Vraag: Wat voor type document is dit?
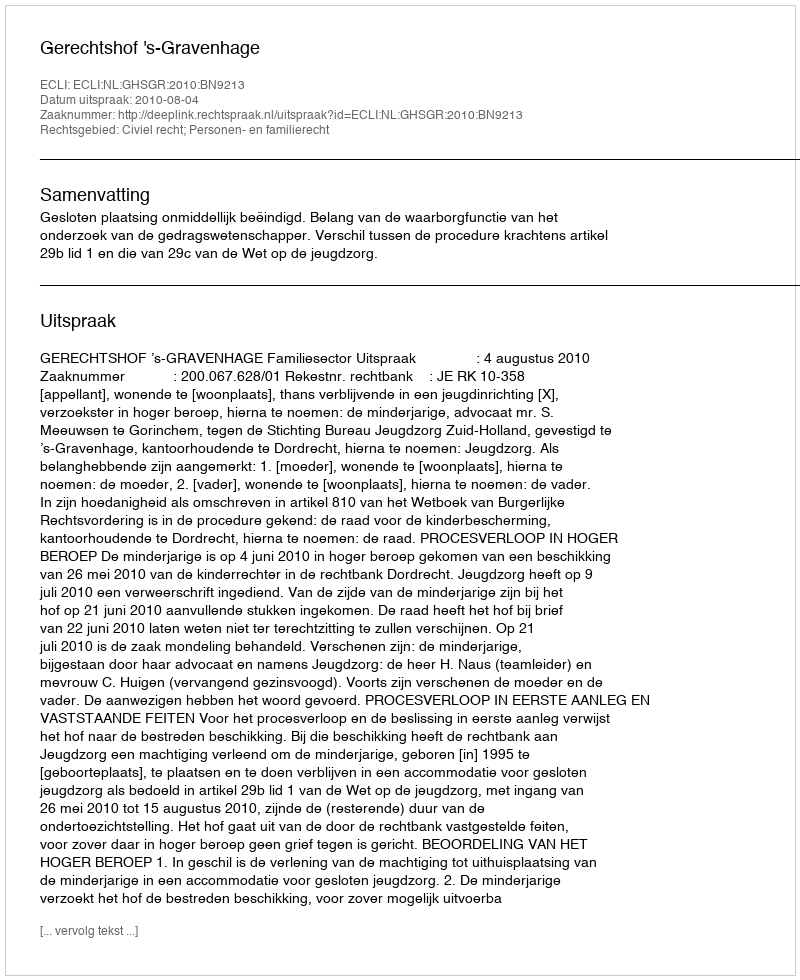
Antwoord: Uitspraak